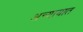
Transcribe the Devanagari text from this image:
अन्यायात